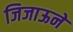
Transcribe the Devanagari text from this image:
जिजाऊने